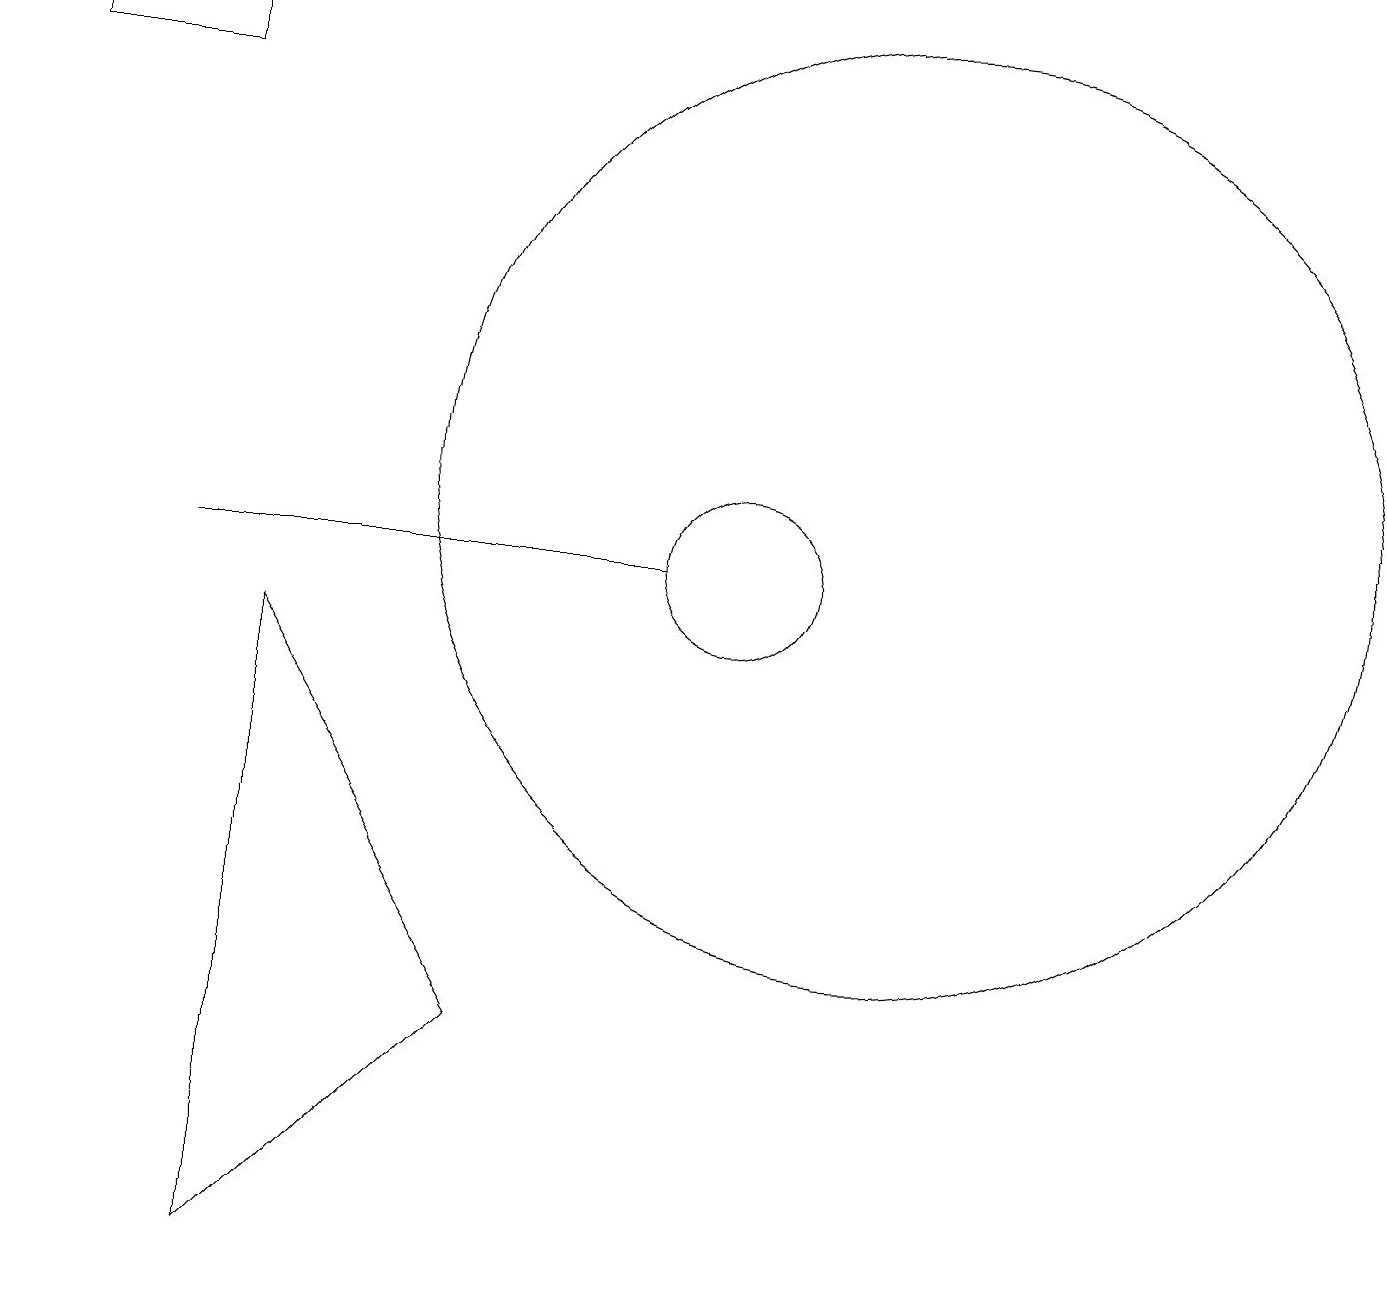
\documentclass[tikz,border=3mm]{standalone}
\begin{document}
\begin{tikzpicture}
\draw (10,10) circle (1);
\draw (9,10) rectangle (3,10);
\draw (12,11) circle (6);
\draw (4,9) -- (4,1) -- (7,4) -- cycle;
\draw (1,17) rectangle (3,16);
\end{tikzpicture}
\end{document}